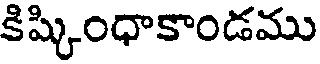
కిష్కింధాకాండము